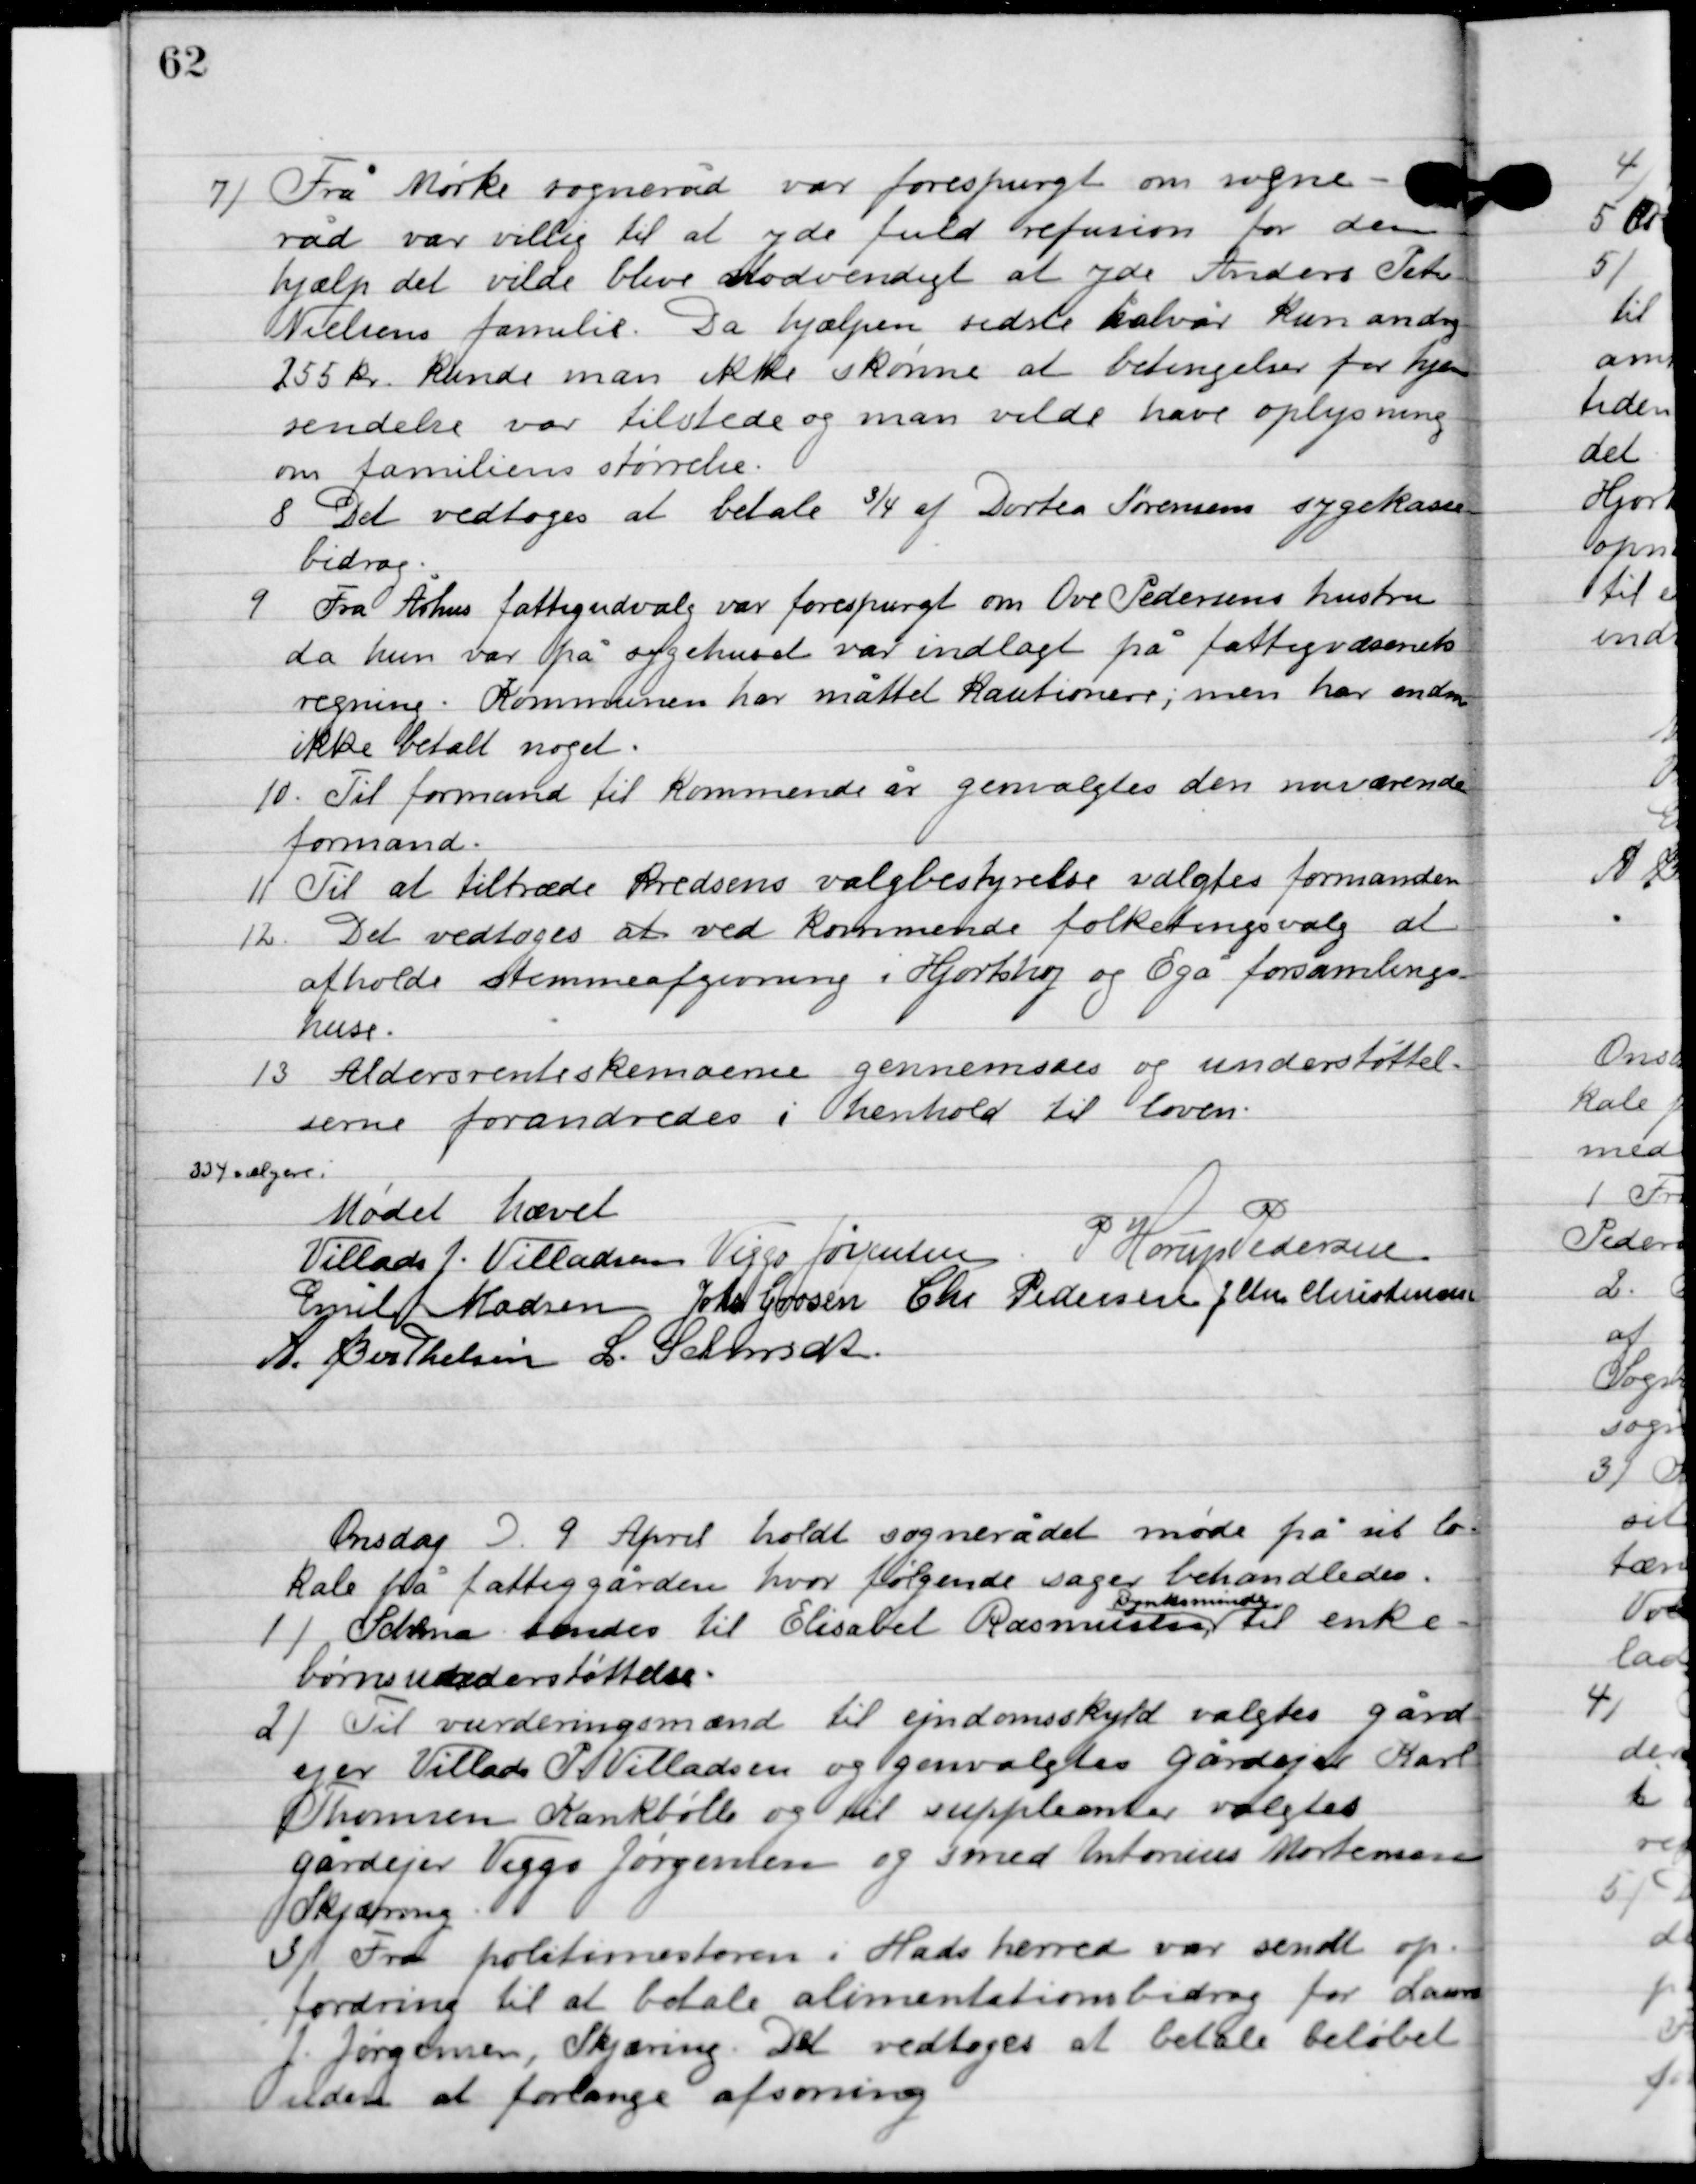
Transskription:
7

Fra Mørke sogneråd var forespurgt om sogne-
råd var villig til at yde fuld refusion for den
hjælp det vilde blive nødvendigt at yde Anders Peter
Niels familie. Da hjælpen sidste halvår kun androg
255 kr. kunde man ikke skønne at betingelser for hjælpe
sendelse var tilstede og man vilde have oplysning
om familiens størrelse.

8

Det vedtoges at betale ¾ af Dortea Sørensens sygekasse-
bidrag.

9

Fra Århus fattigudvalg var forespurgt om Ove Pedersens hustru
da hun var på sygehuset var indlagt på fattigvæsenets
regning. Kommunen har måttet kautionere; men har endnu
ikke betalt noget.

10.	Til formand til kommende år genvalgtes den nuværende
formand.

11

Til at tiltræde Kredsens  valgbestyrelse valgtes formanden.

12

Det vedtoges ved kommende folketingsvalg at
afholde stemmeafgivelsen i Hjortshøj og Egå forsamlings-
huse.

13

Aldersrenteskemaerne gennemsåes og understøttel-
serne forandredes i henhold til loven.

334 vælgere.

Mødet hævet

Villads J. Villadsen
Viggo Jørgensen.
P. Horup Pedersen
Emil Madsen
Johs. Grosen
Chr. Pedersen
J. Chr. Christensen
A. Berthelsen
L. Schmidt

Onsdag D. 9. April holdt sognerådet møde på sit lo-
kale på fattiggården, hvor følgende sager behandledes.

1

Schema sendes til Elisabet Rasmussen  
Bynksminde
til enke
børneunderstøttelse.

2

Til vurderingsmænd til ejendomsskyld valgtes gård-
ejer Villads J. Villadsen og genvalgtes gårdejer Karl
Thomsen Krankbølle og til suppleanter valgtes
gårdejer Viggo Jørgensen og smed Antonsen Mortensen,
Skjæring.

3

Fra politimesteren i Hads herred var sendt op-
fordring til at betale alimentationsbidrag for Lauris
J. Jørgensen, Skjæring. Det vedtoges at betale beløbet
uden at forlange afsoning.